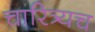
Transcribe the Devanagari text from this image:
चारित्र्यच